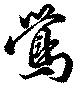
鶯